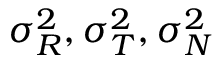
\sigma _ { R } ^ { 2 } , \sigma _ { T } ^ { 2 } , \sigma _ { N } ^ { 2 }